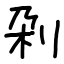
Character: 刴